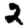
Digit: 2